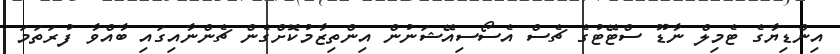
އިންޑިޔާގެ ޓެމިލް ނާޑޫ ސްޓޭޓުގެ ޗެސް އެސޯސިއޭޝަނުން އިންތިޒާމުކޮށްގެން ޗެންނާއިގައި ބާއްވާ ފުރަތަމަ